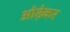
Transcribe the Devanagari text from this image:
ओढ़ेकर